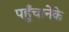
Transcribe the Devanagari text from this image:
पहुँचानेके